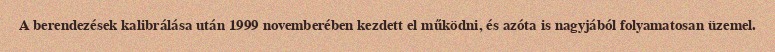
A berendezések kalibrálása után 1999 novemberében kezdett el működni, és azóta is nagyjából folyamatosan üzemel.